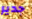
جدير